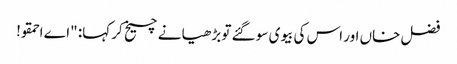
فضل خاں اور اس کی بیوی سو گئے تو بڑھیا نے چیخ کر کہا: "اے احمقو!